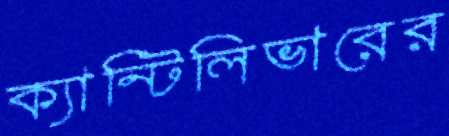
ক্যান্টিলিভারের